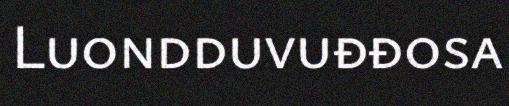
Luondduvuđđosa